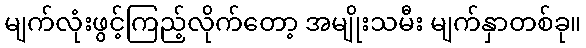
မျက်လုံးဖွင့်ကြည့်လိုက်တော့ အမျိုးသမီး မျက်နှာတစ်ခု။